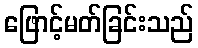
ဖြောင့်မတ်ခြင်းသည်